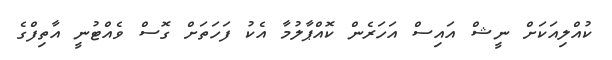
ކުއްލިއަކަށް ނީޝް އައިސް އަހަރެން ކޮއްޕާލުމާ އެކު ފަހަތަށް ގޮސް ވެއްޓުނީ އާތިފްގެ